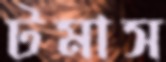
টমাস